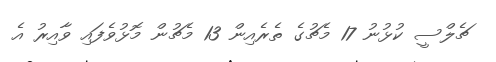
ޗެލްސީ ކުޅުނު 17 މެޗުގެ ތެރެއިން 13 މެޗުން މޮޅުވެފައި ވާއިރު އެ